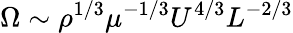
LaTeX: \Omega\sim\rho^{1/3}\mu^{-1/3}U^{4/3}L^{-2/3}